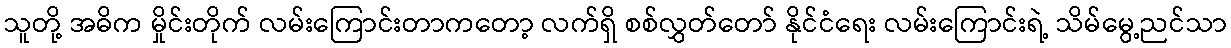
သူတို့ အဓိက မှိုင်းတိုက် လမ်းကြောင်းတာကတော့ လက်ရှိ စစ်လွှတ်တော် နိုင်ငံရေး လမ်းကြောင်းရဲ့ သိမ်မွေ့ညင်သာ